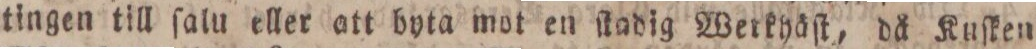
tingen till ſalu eller att byta mot en ſtadig Werkyäſt, då Kuſken